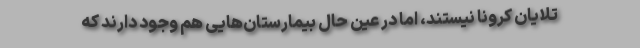
تلایان کرونا نیستند، اما در عین حال بیمارستان‌هایی هم وجود دارند که